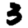
Digit: 3